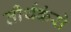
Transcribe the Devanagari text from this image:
तीर्थकंरो